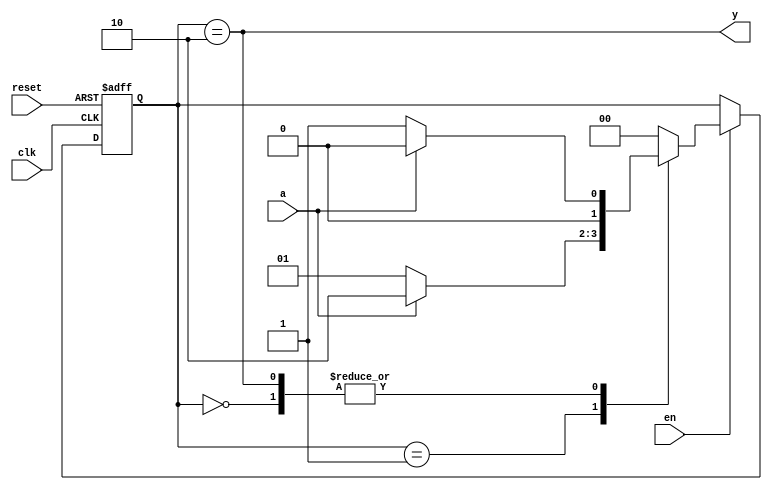
module moore_fsm
(
    input  clk,
    input  reset,
    input  en,
    input  a,
    output y
);

    parameter [1:0] S0 = 0, S1 = 1, S2 = 2;

    reg [1:0] state, next_state;

    // State register

    always @ (posedge clk or posedge reset)
        if (reset)
            state <= S0;
        else if (en)
            state <= next_state;

    // Next state logic

    always @*
        case (state)
        
        S0:
            if (a)
                next_state = S0;
            else
                next_state = S1;

        S1:
            if (a)
                next_state = S2;
            else
                next_state = S1;

        S2:
            if (a)
                next_state = S0;
            else
                next_state = S1;

        default:

            next_state = S0;

        endcase

    // Output logic based on current state

    assign y = (state == S2);

endmodule